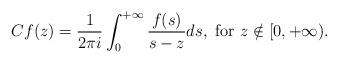
LaTeX: \begin{align*}Cf(z) = \frac{1}{2\pi i}\int_{0}^{+\infty} \frac{ f(s) }{s-z} ds, \mbox{ for } z \notin [0,+\infty).\end{align*}